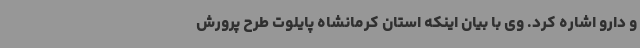
و دارو اشاره کرد. وی با بیان اینکه استان کرمانشاه پایلوت طرح پرورش